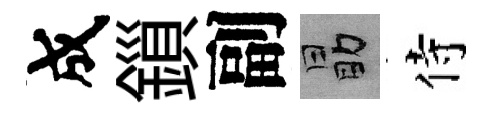
成鎻副勗侍